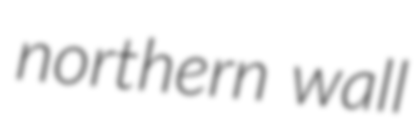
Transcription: northern wall